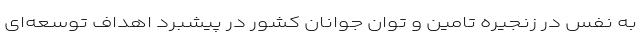
به نفس در زنجیره تامین و توان جوانان کشور در پیشبرد اهداف توسعه‌ای